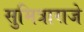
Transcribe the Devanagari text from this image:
सुमित्राराजे